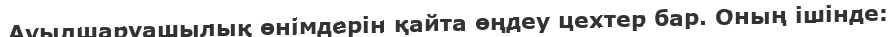
Ауылшаруашылық өнімдерін қайта өңдеу цехтер бар. Оның ішінде: